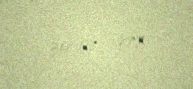
30-08-1977